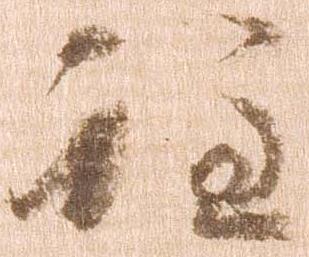
註